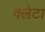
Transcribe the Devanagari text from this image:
क्लेटा